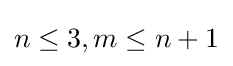
n\leq 3,m\leq n+1